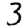
Digit: 3